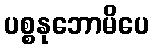
ပစ္စနုဘောမိပေ